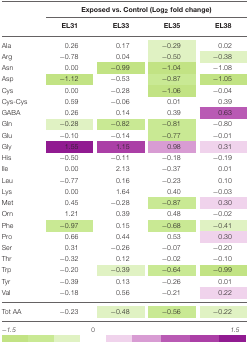
|  | <COLSPAN=4> Exposed vs. Control (Log2 fold change) |
 |  | EL31 | EL33 | EL35 | EL38 |
 | --- | --- | --- | --- | --- |
 | Ala | 0.26 | 0.17 | −0.29 | 0.02 |
 | Arg | −0.78 | 0.04 | −0.50 | −0.38 |
 | Asn | 0.00 | −0.99 | −1.04 | −1.08 |
 | Asp | −1.12 | −0.53 | −0.87 | −1.05 |
 | Cys | 0.00 | −0.28 | −1.06 | −0.04 |
 | Cys-Cys | 0.59 | −0.06 | 0.01 | 0.39 |
 | GABA | 0.26 | 0.14 | 0.39 | 0.63 |
 | Gln | −0.28 | −0.82 | −0.81 | −0.80 |
 | Glu | −0.10 | −0.14 | −0.77 | −0.01 |
 | Gly | 1.55 | 1.15 | 0.98 | 0.31 |
 | His | −0.50 | −0.11 | −0.18 | −0.19 |
 | Ile | 0.00 | 2.13 | −0.37 | 0.01 |
 | Leu | −0.77 | 0.16 | −0.23 | 0.10 |
 | Lys | 0.00 | 1.64 | 0.40 | −0.03 |
 | Met | 0.45 | −0.28 | −0.87 | 0.30 |
 | Orn | 1.21 | 0.39 | 0.48 | −0.02 |
 | Phe | −0.97 | 0.15 | −0.68 | −0.41 |
 | Pro | 0.66 | 0.44 | 0.53 | 0.30 |
 | Ser | 0.31 | −0.26 | −0.07 | −0.20 |
 | Thr | −0.32 | 0.12 | −0.02 | −0.10 |
 | Trp | −0.20 | −0.39 | −0.64 | −0.99 |
 | Tyr | −0.39 | 0.13 | −0.26 | 0.01 |
 | Val | −0.18 | 0.56 | −0.21 | 0.22 |
 | Tot AA | −0.23 | −0.48 | −0.56 | −0.22 |